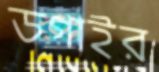
ডগাইর